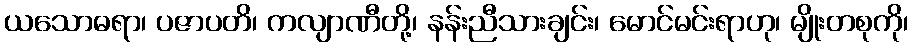
ယသောဓရာ၊ ပဇာပတိ၊ ကလျာဏီတို့၊ နန်းညီသားချင်း၊ မောင်မင်းရာဟု၊ မျိုးတစုကို၊